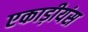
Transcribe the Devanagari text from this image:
एकाड़ीयंस